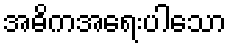
အဓိကအရေးပါသော